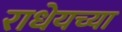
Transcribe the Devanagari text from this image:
राधेयच्या